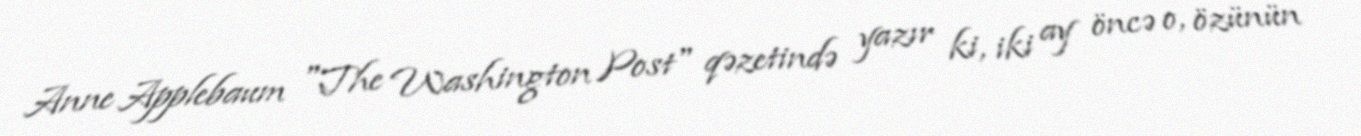
Anne Applebaum "The Washington Post" qəzetində yazır ki, iki ay öncə o, özünün